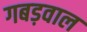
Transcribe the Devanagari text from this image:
गबड़वाल